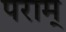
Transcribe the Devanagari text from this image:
पराम्